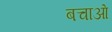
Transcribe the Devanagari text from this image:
बचाआ॓